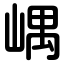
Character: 嵎